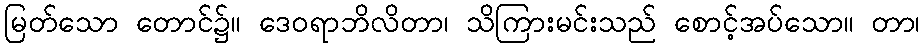
မြတ်သော တောင်၌။ ဒေဝရာဘိလိတာ၊ သိကြားမင်းသည် စောင့်အပ်သော။ တာ၊